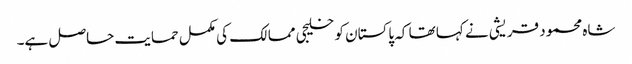
شاہ محمود قریشی نے کہا تھا کہ پاکستان کو خلیجی ممالک کی مکمل حمایت حاصل ہے۔